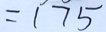
= 1 7 5